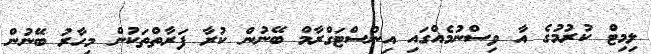
ލިމިޓް ކުރުމުގެ އާ ވިސްނުމެއްގައި އިންސްޓަގްރާމް ބޭނުން ކުރާ ފަރާތްތަކުން މިހާރު ބޭނުން